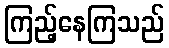
ကြည့်နေကြသည်